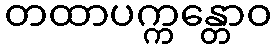
တထာပက္ကန္တောဝ